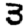
Digit: 3